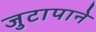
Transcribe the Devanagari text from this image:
जुटापाने